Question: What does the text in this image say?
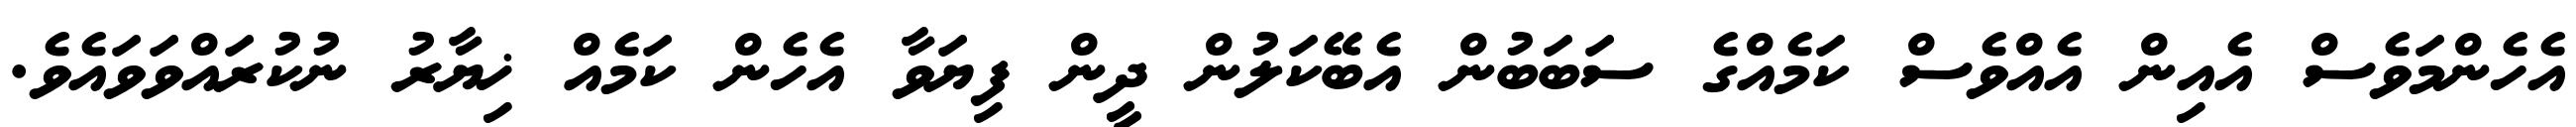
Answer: އެހެންމަވެސް އެއިން އެއްވެސް ކަމެއްގެ ސަބަބުން އެބޭކަލުން ދީން ފިޔަވާ އެހެން ކަމެއް ޚިޔާރު ނުކުރައްވަވައެވެ.